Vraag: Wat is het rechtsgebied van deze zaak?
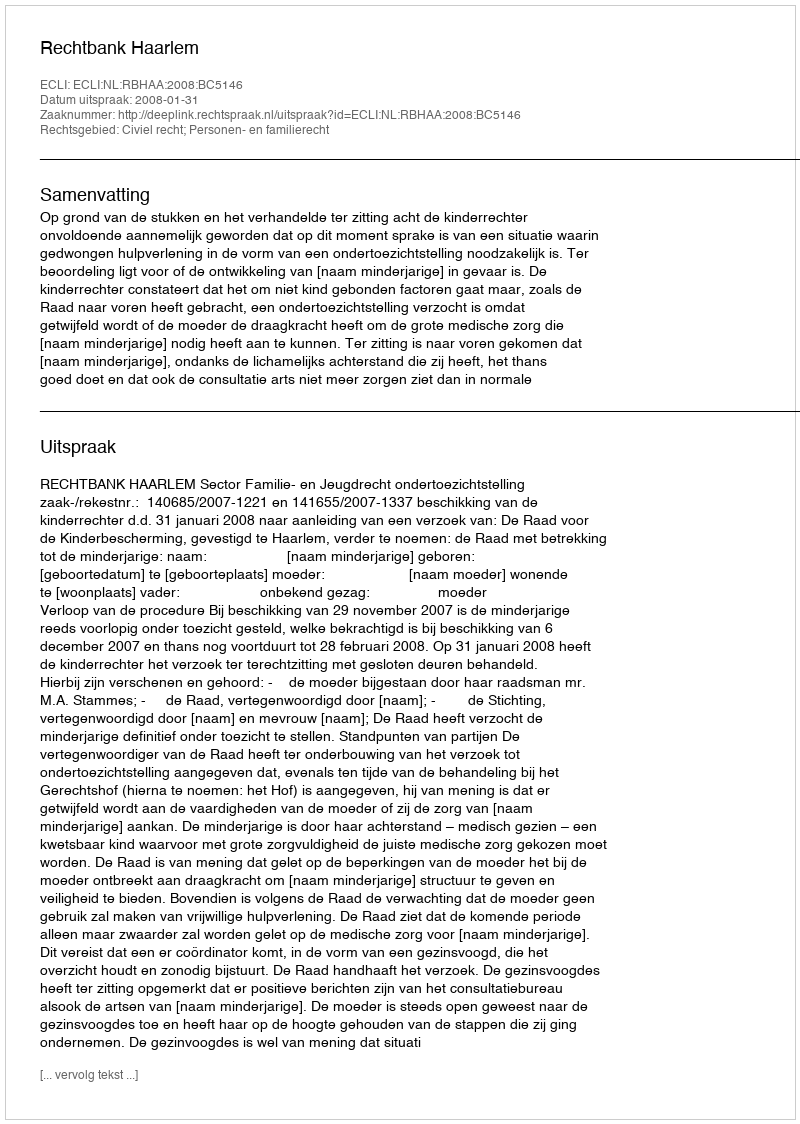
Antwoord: Civiel recht; Personen- en familierecht